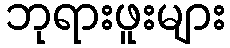
ဘုရားဖူးများ